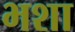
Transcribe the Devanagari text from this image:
भशा